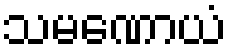
သမဏောယံ